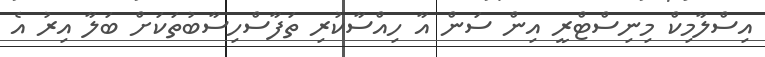
އިސްލާމިކް މިނިސްޓްރީ އިން ސަން އާ ހިއްސާކުރި ތަފާސްހިސާބުތަކަށް ބަލާ އިރު އެ